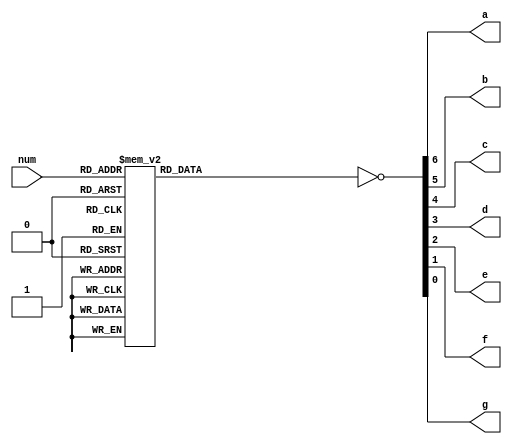
`timescale 1ns / 1ps

module sevenseg(
    input [3:0] num,
    output a,
    output b,
    output c,
    output d,
    output e,
    output f,
    output g
    );
    
    reg [6:0] intseg;
    assign {a,b,c,d,e,f,g} = ~intseg;
    
    always@*
    begin
        case(num)
            4'h0: intseg = 7'b1111110;
            4'h1: intseg = 7'b0110000;
            4'h2: intseg = 7'b1101101;
            4'h3: intseg = 7'b1111001;
            4'h4: intseg = 7'b0110011;
            4'h5: intseg = 7'b1011011;
            4'h6: intseg = 7'b1011111;
            4'h7: intseg = 7'b1110000;
            4'h8: intseg = 7'b1111111;
            4'h9: intseg = 7'b1111011;
            4'ha: intseg = 7'b1110111;
            4'hb: intseg = 7'b0011111;
            4'hc: intseg = 7'b1001110;
            4'hd: intseg = 7'b0111101;
            4'he: intseg = 7'b1001111;
            //4'hf: intseg = 7'b1000111; // Replaced with the slash symbol
            4'hf: intseg = 7'b0100101; // This is the slash symbol that is used to seperate the score and time
        endcase
    end
            
            
endmodule